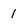
Character: 1